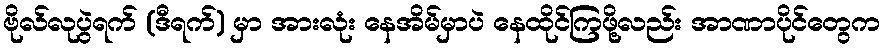
ဗိုလ်လုပွဲရက် (ဒီရက်) မှာ အားလုံး နေအိမ်မှာပဲ နေထိုင်ကြဖို့လည်း အာဏာပိုင်တွေက